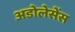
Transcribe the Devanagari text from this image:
अडोलेसेंस